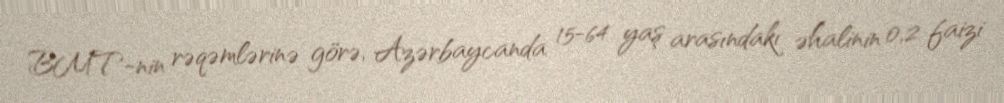
BMT-nin rəqəmlərinə görə, Azərbaycanda 15-64 yaş arasındakı əhalinin 0,2 faizi